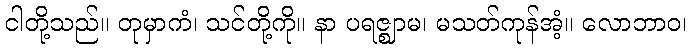
ငါတို့သည်။ တုမှာကံ၊ သင်တို့ကို။ နာ ပရဇ္ဈာမ၊ မသတ်ကုန်အံ့။ လောဘာဝ၊